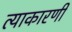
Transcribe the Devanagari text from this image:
त्याकारणी